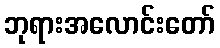
ဘုရားအလောင်းတော်